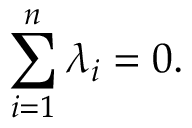
\sum _ { i = 1 } ^ { n } \lambda _ { i } = 0 .